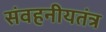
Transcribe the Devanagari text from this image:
संवहनीयतंत्र